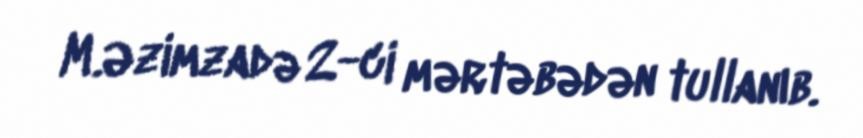
M.Əzimzadə 2-ci mərtəbədən tullanıb.